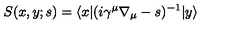
S ( x , y ; s ) = \langle x | ( i \gamma ^ { \mu } \nabla _ { \mu } - s ) ^ { - 1 } | y \rangle